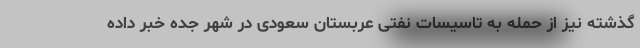
گذشته نیز از حمله به تاسیسات نفتی عربستان سعودی در شهر جده خبر داده